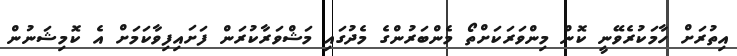
އިތުރަށް ހާމަކުރެވޭނީ ކޮން މިންވަރަކަށްތޯ މެންބަރުންގެ މެދުގައި މަޝްވަރާކުރަން ފަށައިފިވާކަމަށް އެ ކޮމިޝަނުން